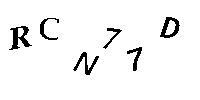
RCN77D